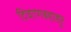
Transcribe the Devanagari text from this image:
दिवाणबहाद्दुर